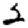
Digit: 2